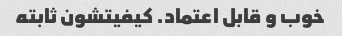
خوب و قابل اعتماد. کیفیتشون ثابته